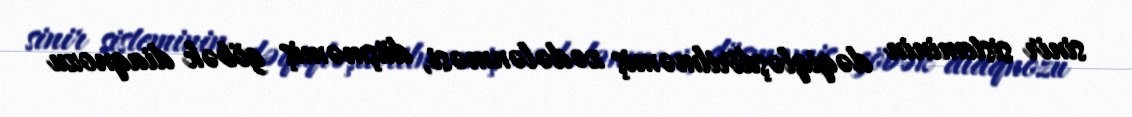
sinir sisteminin dəqiqləşdirilməmiş zədələnməsi, düşməmiş göbək diaqnozu